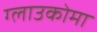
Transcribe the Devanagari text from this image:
ग्लाउकोमा